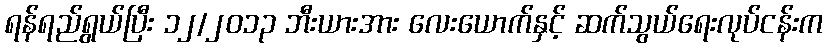
ရန်ရည်ရွယ်ပြီး ၁၂/၂၀၁၃ ဘီးယားအား လေးယောက်နှင့် ဆက်သွယ်ရေးလုပ်ငန်းက